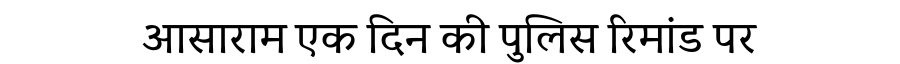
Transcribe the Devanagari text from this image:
आसाराम एक दिन की पुलिस रिमांड पर